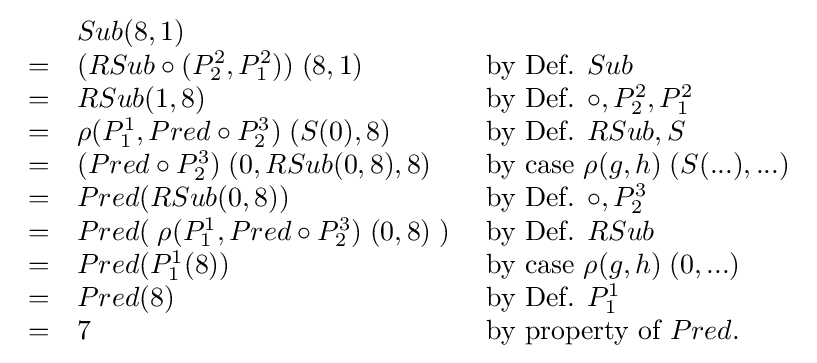
{\begin{array}{lll}&Sub(8,1)\\=&(RSub\circ (P_{2}^{2},P_{1}^{2}))\;(8,1)&{\text{ by Def. }}Sub\\=&RSub(1,8)&{\text{ by Def. }}\circ ,P_{2}^{2},P_{1}^{2}\\=&\rho (P_{1}^{1},Pred\circ P_{2}^{3})\;(S(0),8)&{\text{ by Def. }}RSub,S\\=&(Pred\circ P_{2}^{3})\;(0,RSub(0,8),8)&{\text{ by case }}\rho (g,h)\;(S(...),...)\\=&Pred(RSub(0,8))&{\text{ by Def. }}\circ ,P_{2}^{3}\\=&Pred(\;\rho (P_{1}^{1},Pred\circ P_{2}^{3})\;(0,8)\;)&{\text{ by Def. }}RSub\\=&Pred(P_{1}^{1}(8))&{\text{ by case }}\rho (g,h)\;(0,...)\\=&Pred(8)&{\text{ by Def. }}P_{1}^{1}\\=&7&{\text{ by property of }}Pred.\\\end{array}}